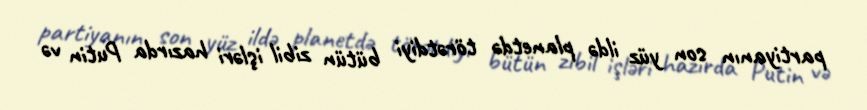
partiyanın son yüz ildə planetdə törətdiyi bütün zibil işləri hazırda Putin və